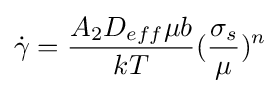
{\dot {\gamma }}={\frac {A_{2}D_{eff}\mu b}{kT}}({\frac {\sigma _{s}}{\mu }})^{n}